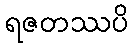
ရဇတဿပိ